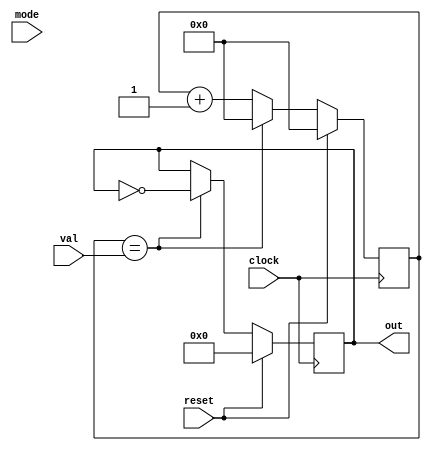
module Divisor(

	input [3:0] mode,
	input clock,
	input reset,
	input val,
	output reg [3:0] out

);

reg [31:0] counter;

always@(posedge clock) begin

	if(reset) begin
		
		counter <= 0;
		out <= 0;
		end
		
		else 
		
		if (counter == val) begin
		
			out <= ~out;
			counter <= 0;
			end
			
			else begin
			
			counter <= counter + 1;
			end
			
end

endmodule